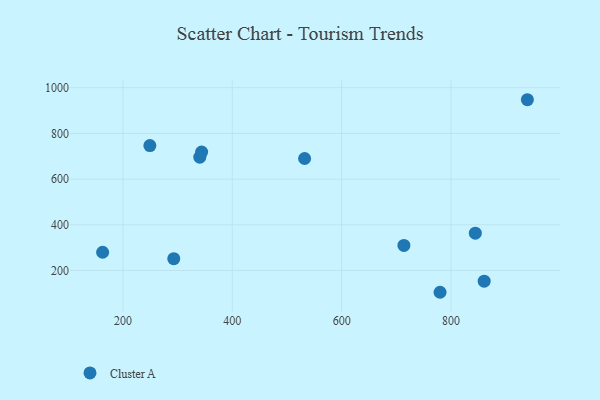
{"axis": {"x": "Investment", "y": "Demand"}, "legend": ["Cluster A"], "data": [{"x": "344.0", "y": 718.2, "type": "Cluster A"}, {"x": "713.9", "y": 309.8, "type": "Cluster A"}, {"x": "293.0", "y": 251.7, "type": "Cluster A"}, {"x": "249.3", "y": 746.8, "type": "Cluster A"}, {"x": "340.6", "y": 695.9, "type": "Cluster A"}, {"x": "532.3", "y": 690.1, "type": "Cluster A"}, {"x": "162.9", "y": 280.0, "type": "Cluster A"}, {"x": "939.7", "y": 947.4, "type": "Cluster A"}, {"x": "780.0", "y": 104.8, "type": "Cluster A"}, {"x": "844.5", "y": 363.4, "type": "Cluster A"}, {"x": "860.7", "y": 153.3, "type": "Cluster A"}]}